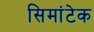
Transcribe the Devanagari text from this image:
सिमांटेक